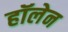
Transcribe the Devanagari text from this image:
हॉलेन